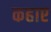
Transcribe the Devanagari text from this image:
कहाए